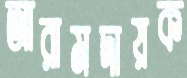
আরামদায়ক